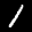
Label: 1